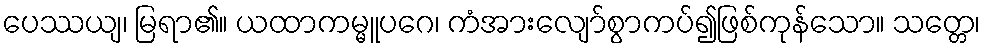
ပေဿယျ၊ မြရာ၏။ ယထာကမ္မူပဂေ၊ ကံအားလျော်စွာကပ်၍ဖြစ်ကုန်သော။ သတ္တေ၊